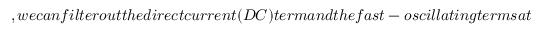
, w e c a n f i l t e r o u t t h e d i r e c t c u r r e n t ( D C ) t e r m a n d t h e f a s t - o s c i l l a t i n g t e r m s a t